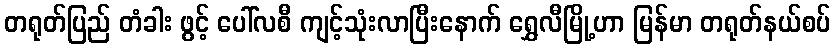
တရုတ်ပြည် တံခါး ဖွင့် ပေါ်လစီ ကျင့်သုံးလာပြီးနောက် ရွှေလီမြို့ဟာ မြန်မာ တရုတ်နယ်စပ်